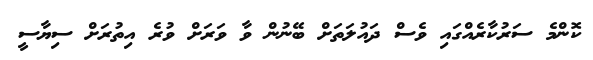
ކޮންމެ ސަރުކާރެއްގައި ވެސް ދައުލަތަށް ބޭނުން ވާ ވަރަށް ވުރެ އިތުރަށް ސިޔާސީ